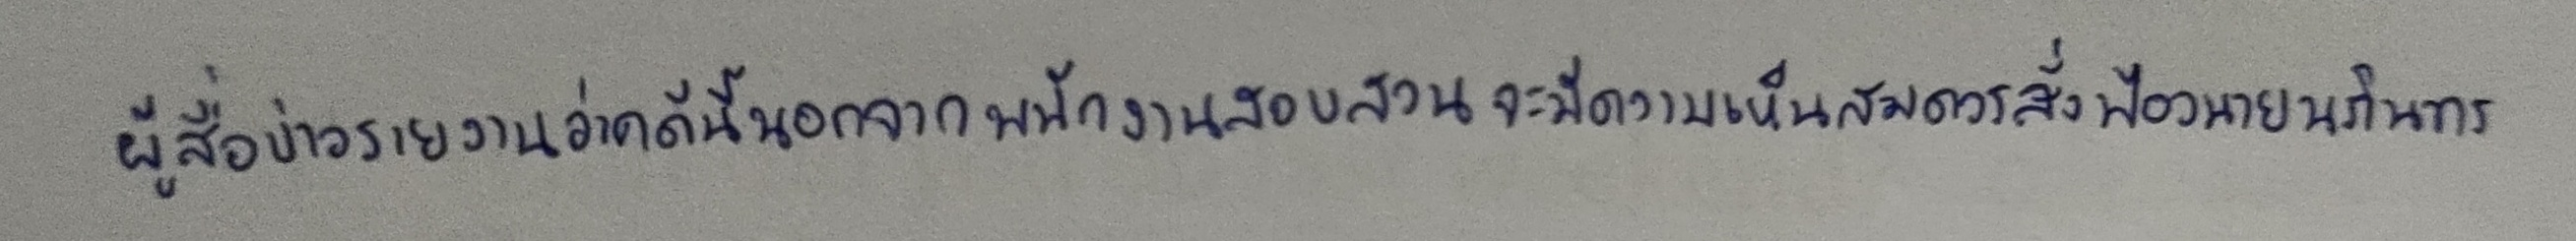
ผู้สื่อข่าวรายงานว่าคดีนี้นอกจากพนักงานสอบสวนจะมีความเห็นสมควรสั่งฟ้องนายนภินทร